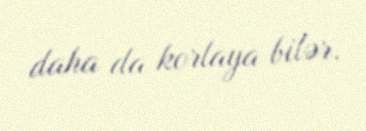
daha da korlaya bilər.